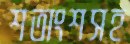
শতাংশসহ